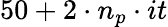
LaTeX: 50+2\cdot n_{p}\cdot it